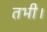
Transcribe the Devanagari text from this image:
तभी।